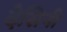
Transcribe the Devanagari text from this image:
देसिनी